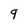
Character: 9